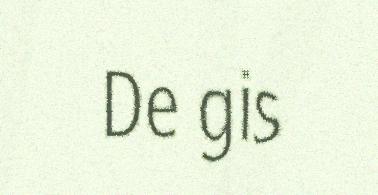
De gis